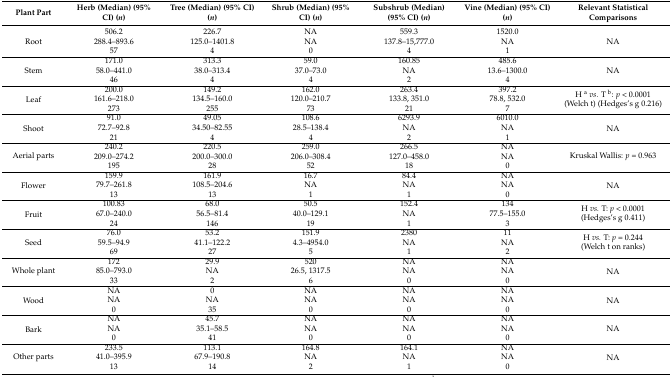
<table><thead><tr><td><b>Plant Part</b></td><td><b>Herb (Median) (95% CI) (<i>n</i>)</b></td><td><b>Tree (Median) (95% CI) (<i>n</i>)</b></td><td><b>Shrub (Median) (95% CI) (<i>n</i>)</b></td><td><b>Subshrub (Median) (95% CI) (<i>n</i>)</b></td><td><b>Vine (Median) (95% CI) (<i>n</i>)</b></td><td><b>Relevant Statistical Comparisons</b></td></tr></thead><tbody><tr><td rowspan="3">Root</td><td>506.2 </td><td>226.7 </td><td>NA </td><td>559.3 </td><td>1520.0 </td><td rowspan="3">NA</td></tr><tr><td>288.4–893.6 </td><td>125.0–1401.8 </td><td>NA </td><td>137.8–15,777.0 </td><td>NA </td></tr><tr><td>57</td><td>4</td><td>0</td><td>4</td><td>1</td></tr><tr><td rowspan="3">Stem</td><td>171.0 </td><td>313.3 </td><td>59.0 </td><td>160.85 </td><td>485.6 </td><td rowspan="3">NA</td></tr><tr><td>58.0–441.0 </td><td>38.0–313.4 </td><td>37.0–73.0 </td><td>NA </td><td>13.6–1300.0 </td></tr><tr><td>46</td><td>4</td><td>4</td><td>2</td><td>4</td></tr><tr><td rowspan="3">Leaf</td><td>200.0 </td><td>149.2 </td><td>162.0 </td><td>263.4 </td><td>397.2 </td><td rowspan="3">H <sup>a</sup><i>vs.</i> T <sup>b</sup>: <i>p</i> &lt; 0.0001 (Welch t) (Hedges’s g 0.216) </td></tr><tr><td>161.6–218.0 </td><td>134.5–160.0 </td><td>120.0–210.7 </td><td>133.8, 351.0 </td><td>78.8, 532.0 </td></tr><tr><td>273</td><td>255</td><td>73</td><td>21</td><td>7</td></tr><tr><td rowspan="3">Shoot</td><td>91.0 </td><td>49.05 </td><td>108.6 </td><td>6293.9 </td><td>6010.0 </td><td rowspan="3">NA</td></tr><tr><td>72.7–92.8 </td><td>34.50–82.55 </td><td>28.5–138.4 </td><td>NA </td><td>NA </td></tr><tr><td>21</td><td>4</td><td>4</td><td>2</td><td>1</td></tr><tr><td rowspan="3">Aerial parts</td><td>240.2 </td><td>220.5 </td><td>259.0 </td><td>266.5 </td><td>NA </td><td rowspan="3">Kruskal Wallis: <i>p</i> = 0.963</td></tr><tr><td>209.0–274.2 </td><td>200.0–300.0 </td><td>206.0–308.4 </td><td>127.0–458.0 </td><td>NA </td></tr><tr><td>195</td><td>28</td><td>52</td><td>18</td><td>0</td></tr><tr><td rowspan="3">Flower</td><td>159.9 </td><td>161.9 </td><td>16.7 </td><td>84.4 </td><td>NA </td><td rowspan="3">NA</td></tr><tr><td>79.7–261.8 </td><td>108.5–204.6 </td><td>NA </td><td>NA </td><td>NA </td></tr><tr><td>13</td><td>13</td><td>1</td><td>1</td><td>0</td></tr><tr><td rowspan="3">Fruit</td><td>100.83 </td><td>68.0 </td><td>50.5 </td><td>152.4 </td><td>134 </td><td rowspan="3">H <i>vs.</i> T: <i>p</i> &lt; 0.0001 (Hedges’s g 0.411)</td></tr><tr><td>67.0–240.0 </td><td>56.5–81.4 </td><td>40.0–129.1 </td><td>NA </td><td>77.5–155.0</td></tr><tr><td>24</td><td>146</td><td>19</td><td>1</td><td>3</td></tr><tr><td rowspan="3">Seed</td><td>76.0 </td><td>53.2 </td><td>151.9 </td><td>2380 </td><td>11 </td><td rowspan="3">H <i>vs.</i> T: <i>p</i> = 0.244 (Welch t on ranks)</td></tr><tr><td>59.5–94.9 </td><td>41.1–122.2 </td><td>4.3–4954.0 </td><td>NA </td><td>NA </td></tr><tr><td>69</td><td>27</td><td>5</td><td>1</td><td>2</td></tr><tr><td rowspan="3">Whole plant</td><td>172 </td><td>29.9 </td><td>520 </td><td>NA </td><td>NA </td><td rowspan="3">NA</td></tr><tr><td>85.0–793.0 </td><td>NA </td><td>26.5, 1317.5 </td><td>NA </td><td>NA </td></tr><tr><td>33</td><td>2</td><td>6</td><td>0</td><td>0</td></tr><tr><td rowspan="3">Wood</td><td>NA </td><td>0 </td><td>NA </td><td>NA </td><td>NA </td><td rowspan="3">NA</td></tr><tr><td>NA </td><td>NA </td><td>NA </td><td>NA </td><td>NA </td></tr><tr><td>0</td><td>35</td><td>0</td><td>0</td><td>0</td></tr><tr><td rowspan="3">Bark</td><td>NA </td><td>45.7 </td><td>NA </td><td>NA </td><td>NA </td><td rowspan="3">NA</td></tr><tr><td>NA </td><td>35.1–58.5 </td><td>NA </td><td>NA </td><td>NA </td></tr><tr><td>0</td><td>41</td><td>0</td><td>0</td><td>0</td></tr><tr><td rowspan="3">Other parts</td><td>233.5 </td><td>113.1 </td><td>164.8 </td><td>164.1 </td><td>NA </td><td rowspan="3">NA</td></tr><tr><td>41.0–395.9 </td><td>67.9–190.8 </td><td>NA </td><td>NA </td><td>NA </td></tr><tr><td>13</td><td>14</td><td>2</td><td>1</td><td>0</td></tr></tbody></table>